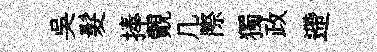
吳髮捧覿几際獨政遰